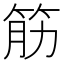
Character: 筋